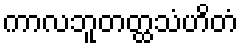
ကာလဘူတတ္ထသံဟိတံ